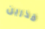
قذرين